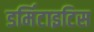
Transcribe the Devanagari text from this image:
डर्मिटाइटिस